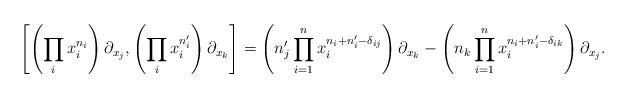
LaTeX: \begin{align*}\left[\left(\prod_i x_i^{n_i} \right)\partial_{x_j},\left(\prod_i x_i^{n_i'}\right) \partial_{x_k}\right]=\left(n_j' \prod_{i=1}^n x_i^{n_i+n_i'-\delta_{ij}}\right)\partial_{x_k}- \left(n_k \prod_{i=1}^n x_i^{n_i+n_i'-\delta_{ik}}\right)\partial_{x_j}.\end{align*}